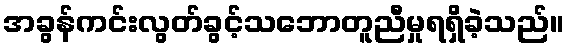
အခွန်ကင်းလွတ်ခွင့်သဘောတူညီမှုရရှိခဲ့သည်။